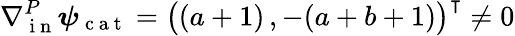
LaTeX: \nabla{}_{\mathrm{~i~n~}}^{P}\boldsymbol\psi_{\mathrm{~c~a~t~}}=\big((a+1)\, ,-(a+b+1)\big)^{\intercal}\neq 0